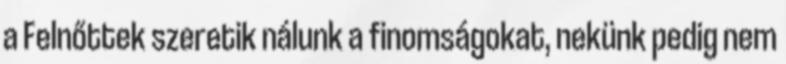
a Felnőttek szeretik nálunk a finomságokat, nekünk pedig nem